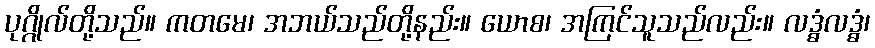
ပုဂ္ဂိုလ်တို့သည်။ ကတမေ၊ အဘယ်သည်တို့နည်း။ ယောစ၊ အကြင်သူသည်လည်း။ လဒ္ဓံလဒ္ဓံ၊